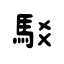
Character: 駁